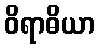
ဝိရာဓိယာ